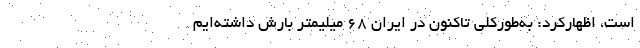
است، اظهارکرد: به‌طورکلی تاکنون در ایران ۶۸ میلیمتر بارش داشته‌ایم